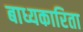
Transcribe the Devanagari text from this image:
बाध्यकारिता